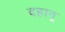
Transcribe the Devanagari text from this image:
दहानू